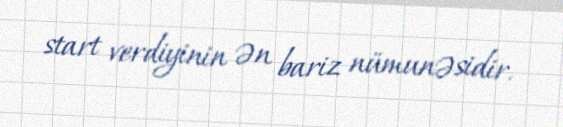
start verdiyinin ən bariz nümunəsidir.